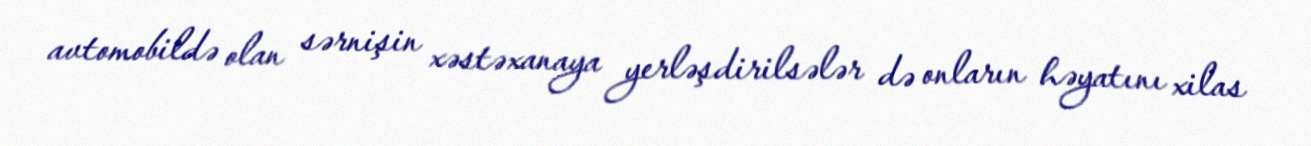
avtomobildə olan sərnişin xəstəxanaya yerləşdirilsələr də onların həyatını xilas